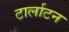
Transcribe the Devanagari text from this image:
टार्लाटन